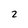
Character: 2